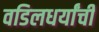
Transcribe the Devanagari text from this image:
वडिलधर्यांची